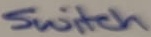
Text: Switch